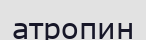
атропин